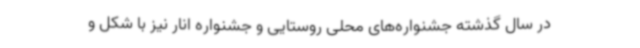
در سال گذشته جشنواره‌های محلی روستایی و جشنواره انار نیز با شکل و